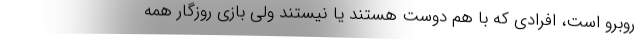
روبرو است، افرادی که با هم دوست هستند یا نیستند ولی بازی روزگار همه